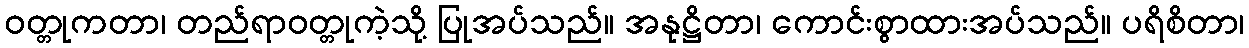
ဝတ္တုကတာ၊ တည်ရာဝတ္တုကဲ့သို့ ပြုအပ်သည်။ အနုဋ္ဌိတာ၊ ကောင်းစွာထားအပ်သည်။ ပရိစိတာ၊